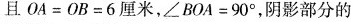
且$$O A = O B = 6 厘 米$$，$$∠ B O A = 9 0 °$$，阴影部分的